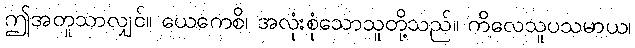
ဤအတူသာလျှင်။ ယေကေစိ၊ အလုံးစုံသောသူတို့သည်။ ကိလေသူပသမာယ၊